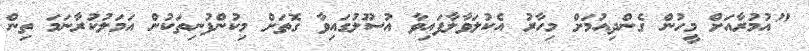
"އުމުރާއަށް މީހުން ގެންދިއުމަށް މިހާރު އެކުލަވާލާފައިވާ އުސޫލުގައިވާ ގޮތަށް މިކުންފުނިތަކުން އަމަލުކުރާނަމަ ތިން